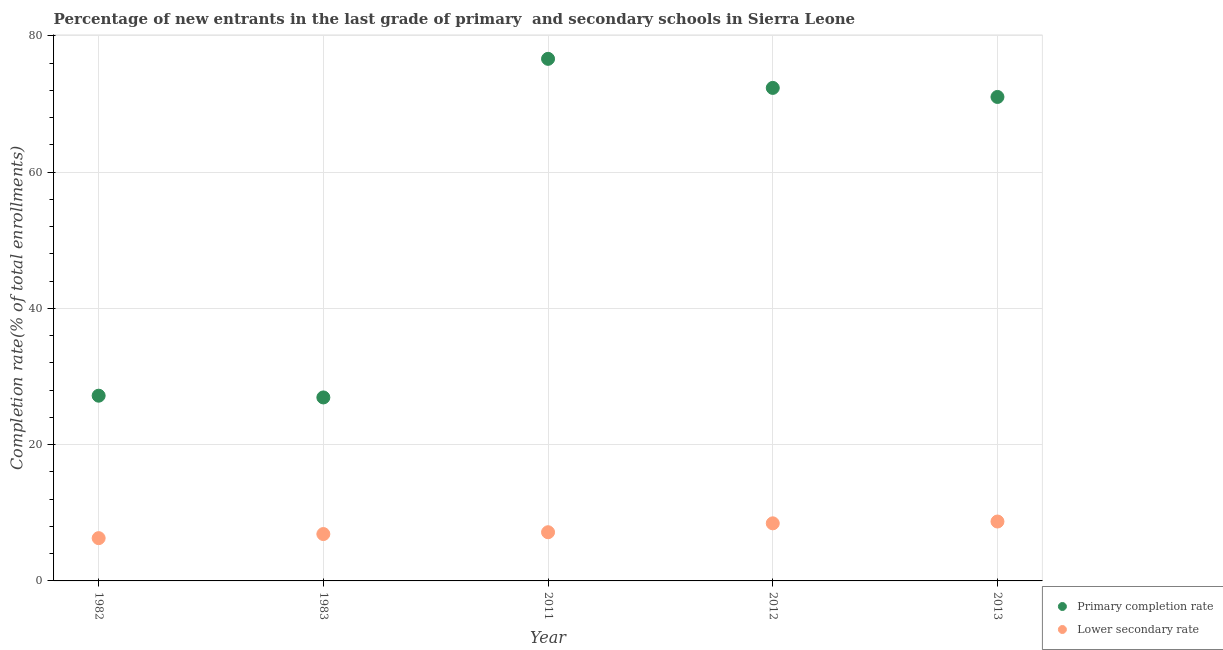
| Year | Primary completion rate | Lower secondary rate |
 | --- | --- | --- |
 | 1982 | 27.2 | 6.28 |
 | 1983 | 26.9 | 6.88 |
 | 2011 | 76.6 | 7.15 |
 | 2012 | 72.4 | 8.45 |
 | 2013 | 71 | 8.72 |